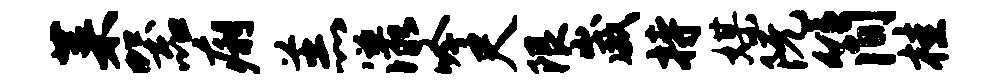
菜器痢羔漾吟尺限崴持媒阮简桂